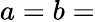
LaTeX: a=b=